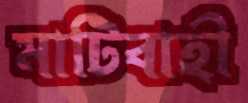
মাটিবাহী